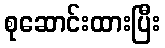
စုဆောင်းထားပြီး